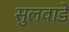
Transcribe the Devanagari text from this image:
सुलवाडे